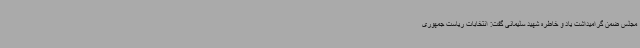
مجلس ضمن گرامیداشت یاد و خاطره شهید سلیمانی گفت: انتخابات ریاست جمهوری